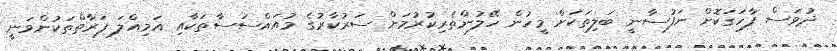
ދުވަސް ފާހަގަކޮށް ނަފުސާނީ ބަލިތަކަށް މީހުން ހޭލުންތެރިކުރުމަށް ސަރުކާރުގެ މުއައްސަސާތަކާއި އަމިއްލަ ފަރާތްތަކުންވަނީ